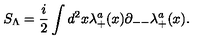
S _ { \Lambda } = { \frac { i } { 2 } } \int d ^ { 2 } x \lambda _ { + } ^ { a } ( x ) \partial _ { -- } \lambda _ { + } ^ { a } ( x ) .